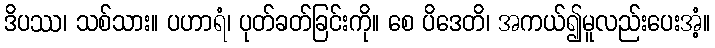
ဒိပဿ၊ သစ်သား။ ပဟာရံ၊ ပုတ်ခတ်ခြင်းကို။ စေ ပိဒေတိ၊ အကယ်၍မူလည်းပေးအံ့။